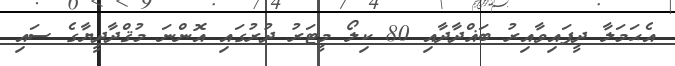
އެޙަމަލާ ދީފައިވާއިރު ބަޣްދާދާއި 80 ކިލޯ މީޓަރު ދުރުގައި އޮންނަ މުޤްދާދީޔާގެ ސައި